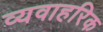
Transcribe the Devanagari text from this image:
व्यवाहरिक